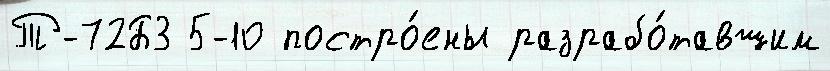
Т-72Б3 5-10 постро́ены разрабо́тавшим